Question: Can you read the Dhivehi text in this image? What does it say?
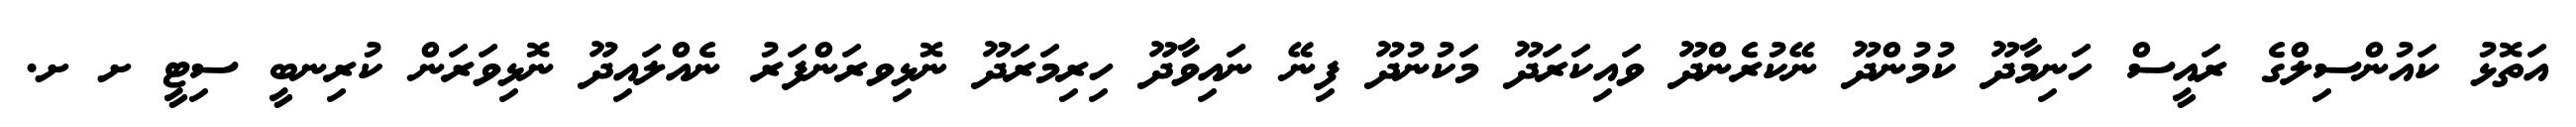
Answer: އަތޮޅު ކައުންސިލްގެ ރައީސް ހަނިމާދޫ ކުމުންދޫ ނޭކުރެންދޫ ވައިކަރަދޫ މަކުނުދޫ ފިނޭ ނައިވާދޫ ހިރިމަރަދޫ ނޮޅިވރަންފަރު ނެއްލައިދޫ ނޮޅިވަރަން ކުރިނބީ ސިޓީ ށ ށ.